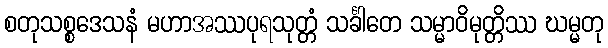
စတုသစ္စဒေသနံ မဟာအဿပုရသုတ္တံ သင်္ခါတေ သမ္မာဝိမုတ္တိဿ ဃမ္မတု